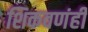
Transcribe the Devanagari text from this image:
शिकवणंही